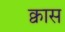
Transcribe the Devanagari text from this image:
क्वास